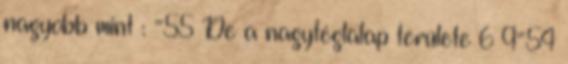
nagyobb mint : =55 De a nagytéglalap területe 6×9=54